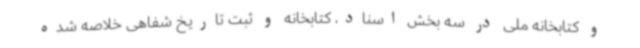
و کتابخانه ملی در سه بخش اسناد، کتابخانه و ثبت تاریخ شفاهی خلاصه شده